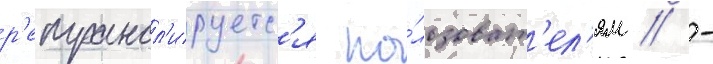
р'етрансл'ируетс'я по́льзоват'ел'ям // -